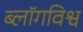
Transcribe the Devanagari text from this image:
ब्लॉगविश्व